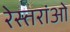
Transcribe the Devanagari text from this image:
रेस्तरांओ